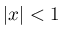
| x | < 1